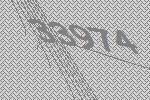
33974